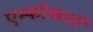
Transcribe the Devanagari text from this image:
एम्फीकारों